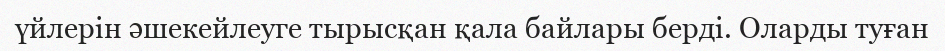
үйлерін әшекейлеуге тырысқан қала байлары берді. Оларды туған